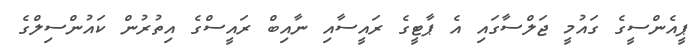
ޕީއެންސީގެ ގައުމީ ޖަލްސާގައި އެ ޕާޓީގެ ރައީސާއި ނާއިބް ރައީސްގެ އިތުރުން ކައުންސިލްގެ